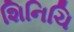
શિનિચિ